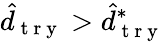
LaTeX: \hat{d}_{\mathrm{~t~r~y~}}>\hat{d}_{\mathrm{~t~r~y~}}^{*}